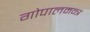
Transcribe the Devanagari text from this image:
गोपालमन्त्र